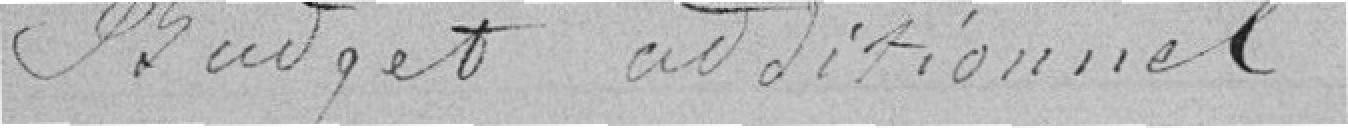
Budget additionnel